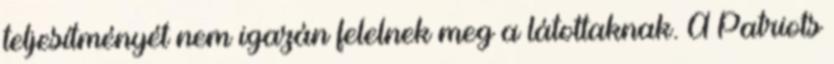
teljesítményét nem igazán felelnek meg a látottaknak. A Patriots